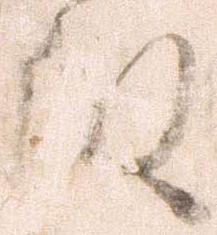
殿